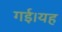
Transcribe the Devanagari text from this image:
गई।यह